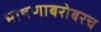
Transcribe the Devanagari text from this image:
भाषणाबरोबरच